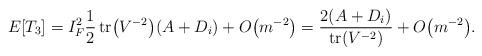
LaTeX: \begin{align*}E[T_3]=I_{F}^2\frac{1}{2}\operatorname{tr}\bigl(V^{-2}\bigr) (A+D_i)+O\bigl(m^{-2}\bigr)=\frac{2(A+D_i)}{\operatorname{tr}(V^{-2})}+O\bigl(m^{-2}\bigr).\end{align*}